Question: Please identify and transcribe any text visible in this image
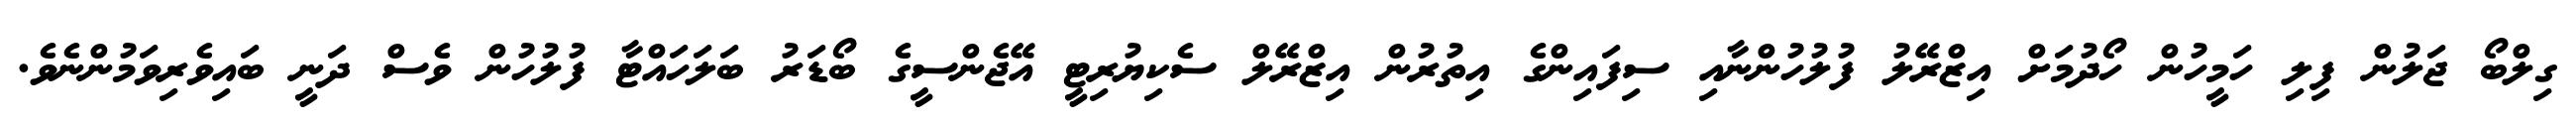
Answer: ގިލްބޯ ޖަލުން ފިލި ހަމީހުން ހޯދުމަށް އިޒްރޭލު ފުލުހުންނާއި ސިފައިންގެ އިތުރުން އިޒްރޭލް ސެކިޔުރިޓީ އޭޖެންސީގެ ބޯޑަރު ބަލަހައްޓާ ފުލުހުން ވެސް ދަނީ ބައިވެރިވަމުންނެވެ.